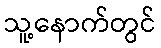
သူ့နောက်တွင်